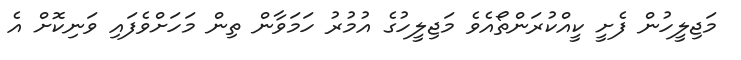
މަޖިލީހުން ފެށީ ކީއްކުރަންތޯއެވެ މަޖިލީހުގެ އުމުރު ހަމަވާން ތިން މަހަަށްވެފައި ވަނިކޮށް އެ